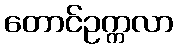
တောင်ဥက္ကလာ